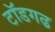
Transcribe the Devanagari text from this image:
टॉडगढ